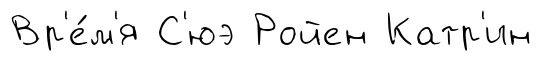
Вр'е́м'я С'юэ Ройен Катр'ин